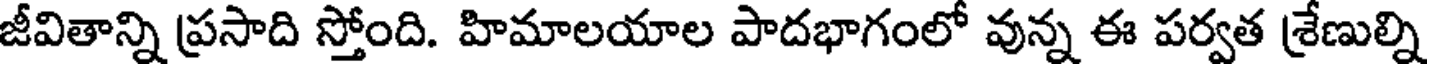
జీవితాన్ని ప్రసాది స్తోంది. హిమాలయాల పాదభాగంలో వున్న ఈ పర్వత శ్రేణుల్ని